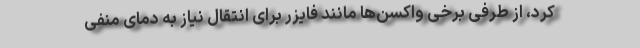
کرد، از طرفی برخی واکسن‌ها مانند فایزر برای انتقال نیاز به دمای منفی